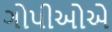
ગોપીઓએ